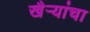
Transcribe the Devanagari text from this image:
खैर्‍यांचा